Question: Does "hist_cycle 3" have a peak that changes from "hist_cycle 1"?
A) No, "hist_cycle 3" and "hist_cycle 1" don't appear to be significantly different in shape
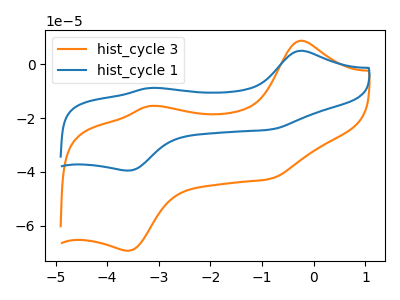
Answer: <think>The orange curve "hist_cycle 3" has anodic peaks at (-0.25V, 8.65uA) (-3.20V, -15.55uA) and cathodic peaks at (-0.85V, -42.60uA) (-3.60V, -69.25uA). The blue curve "hist_cycle 1" has anodic peaks at (-0.25V, 4.95uA) (-3.20V, -8.90uA) and cathodic peaks at (-0.85V, -24.30uA) (-3.60V, -39.50uA).
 All the peaks in "hist_cycle 3" have a peak in "hist_cycle 1" at the same potential.</think>
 <answer>A) No, "hist_cycle 3" and "hist_cycle 1" don't appear to be significantly different in shape</answer>
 <eval>A</eval>